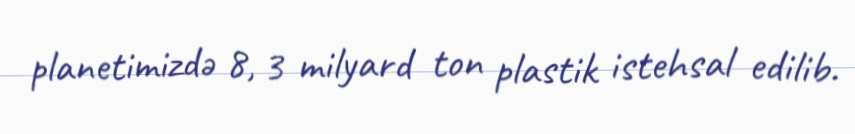
planetimizdə 8, 3 milyard ton plastik istehsal edilib.